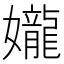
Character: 𫲘